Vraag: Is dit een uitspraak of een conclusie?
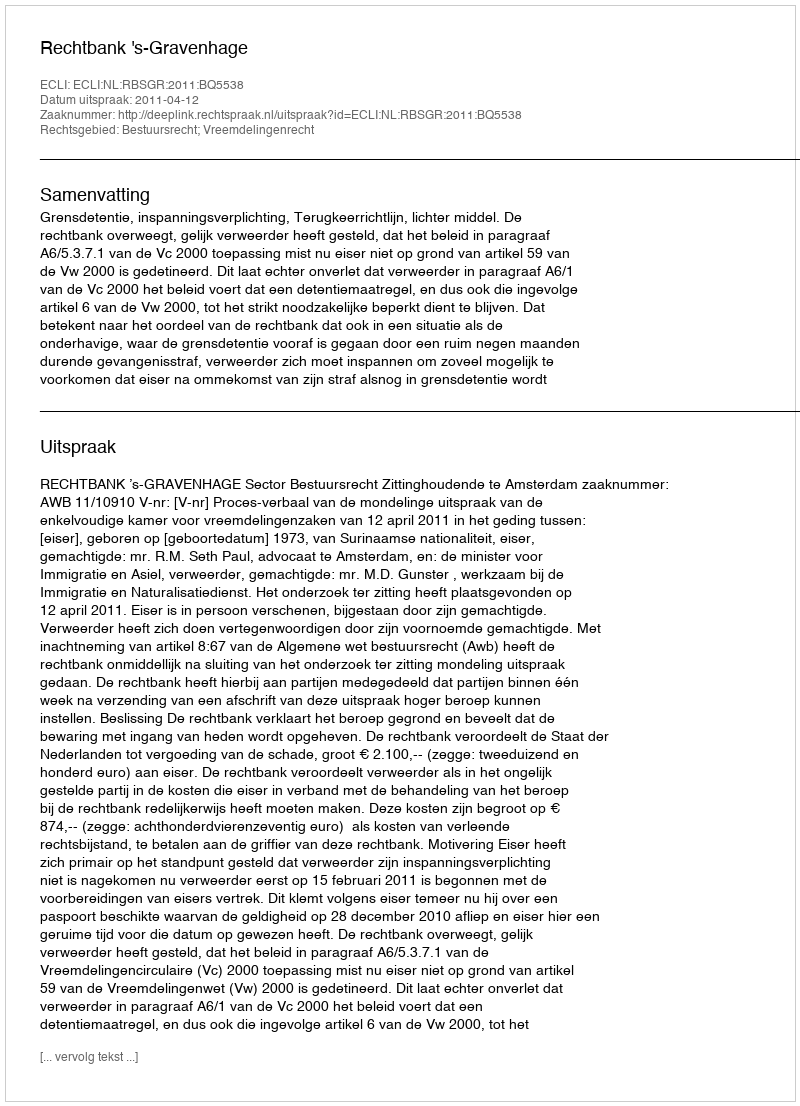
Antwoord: Uitspraak